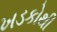
ખડકોથી